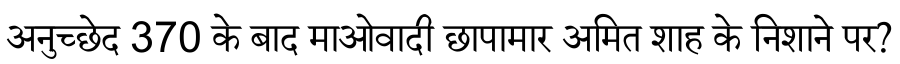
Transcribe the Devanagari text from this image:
अनुच्छेद 370 के बाद माओवादी छापामार अमित शाह के निशाने पर?